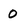
Character: O